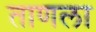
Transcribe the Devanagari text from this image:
ताणला